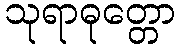
သုရာဓုတ္တော